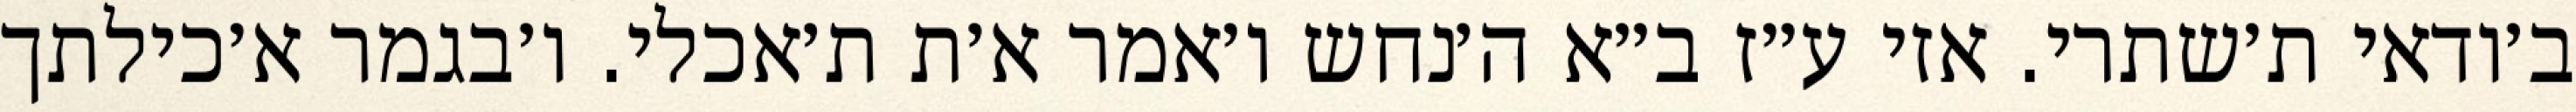
ב׳ודאי ת׳שתרי. אזי ע״ז ב״א ה׳נחש ו׳אמר א׳ת ת׳אכלי. ו׳בגמר א׳כילתך